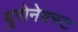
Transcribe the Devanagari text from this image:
युरोनेक्स्ट